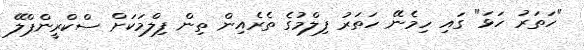
"ހަތަރު ހަޅަ" ގައި ހިމެނޭ ހަތަރު ފިލްމުގެ ތެރެއިން ތިން ފިލްމަކަށް ސްކްރީންޕްލޭ